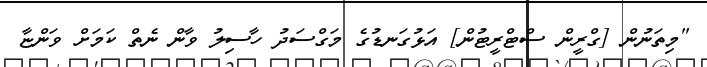
"މިތަނުން [ގްރީން ސްޓްރީޓުން] އަޅުގަނޑުގެ މަގްސަދު ހާސިލު ވާން ނެތް ކަމަށް ވަންޏާ